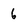
Character: 6